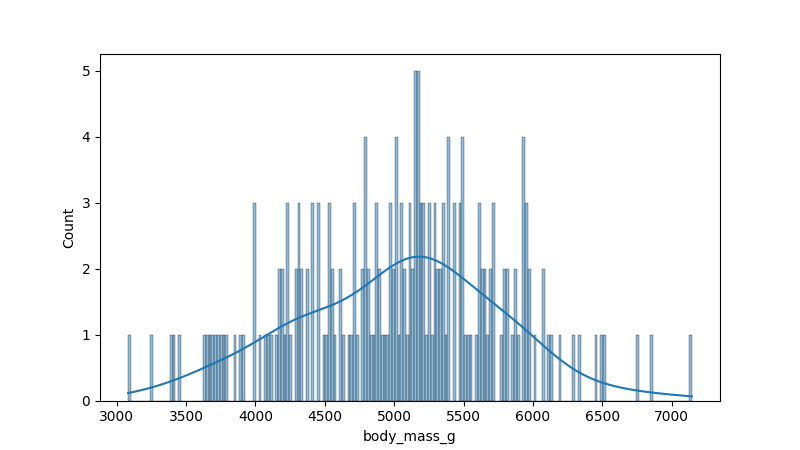
python, seaborn, histplot, hue='all', binwidth=20, bins='10', element='bars'